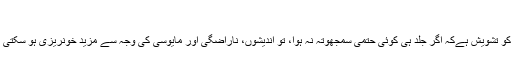
‘‘
غنیم کو تشویش ہےکہ اگر جلد ہی کوئی حتمی سمجھوتہ نہ ہوا، تو اندیشوں، ناراضگی اور مایوسی کی وجہ سے مزید خونریزی ہو سکتی ہے ۔